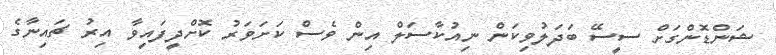
ޝަންޑޮންގަށް ސީސޭ ބަދަލުވިކަން ނިއުކާސަލް އިން ވެސް ކަށަވަރު ކޮށްދީފައިވާ އިރު ޗައިނާގެ